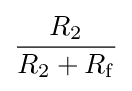
{\frac {R_{2}}{R_{2}+R_{\mathrm {f} }}}